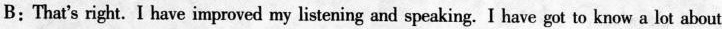
B：That's right. I have improved my listening and speaking. I have got to know a lot about